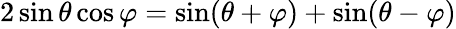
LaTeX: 2\sin\theta\cos\varphi={\sin(\theta+\varphi)+\sin(\theta-\varphi)}